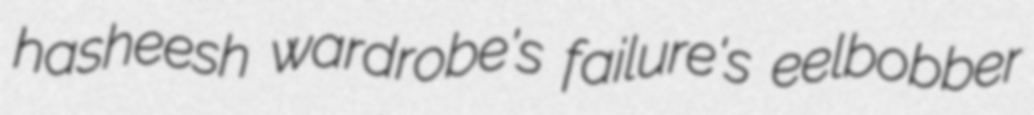
hasheesh wardrobe's failure's eelbobber